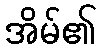
အိမ်၏